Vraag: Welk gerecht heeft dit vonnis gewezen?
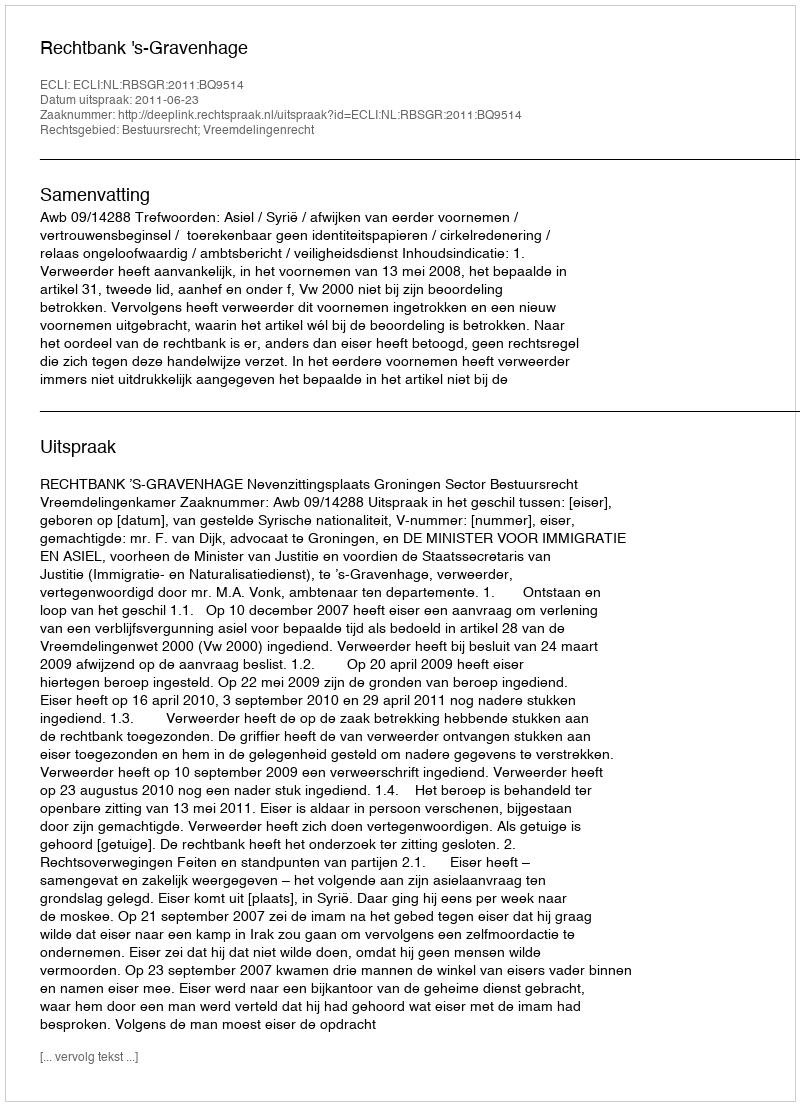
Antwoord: Rechtbank 's-Gravenhage